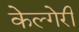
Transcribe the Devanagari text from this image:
केल्गेरी